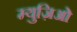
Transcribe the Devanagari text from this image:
म्युज़िओ